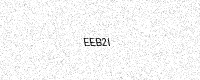
Text: EEB2I